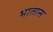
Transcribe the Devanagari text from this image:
भातास